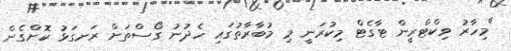
"މިހާރު ވިކްޓްރީން ޓާގެޓް މިކުރަނީ މި މުބާރާތުގައި ހެދުނު ގޯސްތަށް ރަނގަޅު ކޮށްގެން